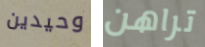
وحيدين تراهن